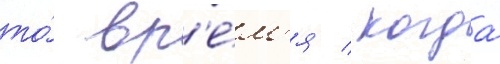
то́ вр'е́м'я / когда́